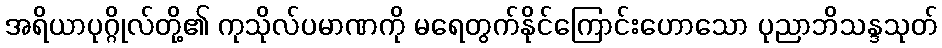
အရိယာပုဂ္ဂိုလ်တို့၏ ကုသိုလ်ပမာဏကို မရေတွက်နိုင်ကြောင်းဟောသော ပုညာဘိသန္ဒသုတ်